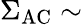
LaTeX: \Sigma_{\mathrm{AC}}\sim